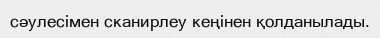
сәулесімен сканирлеу кеңінен қолданылады.